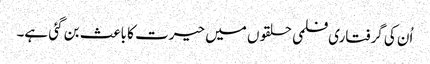
اُن کی گرفتاری فلمی حلقوں میں حیرت کا باعث بن گئی ہے۔